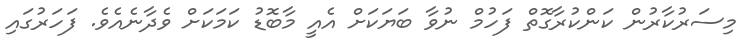
މިސަރުކާރުން ކަންކުރާގޮތް ފަހުމް ނުވާ ބަޔަކަށް އެއީ މާބޮޑު ކަމަކަށް ވެދާނެއެވެ. ފަހަރުގައި